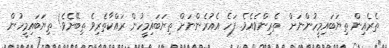
ތެރެއިން ތިޔަބައިމީހުންނަށް  ތެރިންވެއެވެ. ފަހެ އެއުރެންނަށް ތިޔަބައިމީހުން ރައްކާތެރިވެ ތިބޭށެވެ! ތިޔަބައިމީހުން